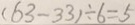
( 6 3 - 3 3 ) \div 6 = 5